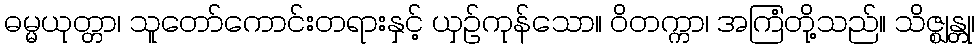
ဓမ္မယုတ္တာ၊ သူတော်ကောင်းတရားနှင့် ယှဉ်ကုန်သော။ ဝိတက္ကာ၊ အကြံတို့သည်။ သိဇ္ဈန္တု၊